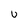
Character: U